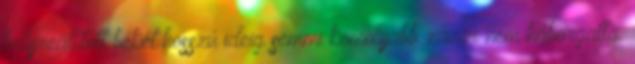
helyreállított békét hosszú ideig semmi komolyabb zavar nem háborgatta.